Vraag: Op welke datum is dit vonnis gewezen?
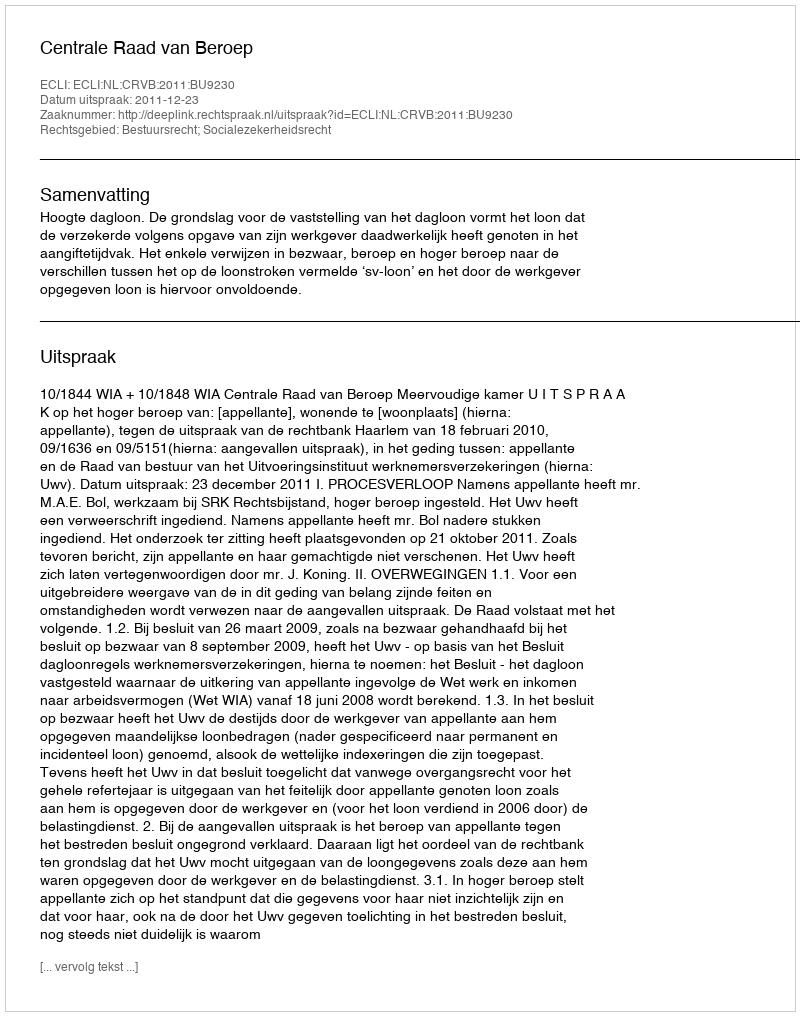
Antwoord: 2011-12-23